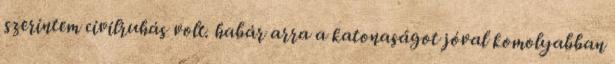
szerintem civilruhás volt. habár arra a katonaságot jóval komolyabban